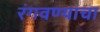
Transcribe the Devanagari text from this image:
रंगवण्याचा